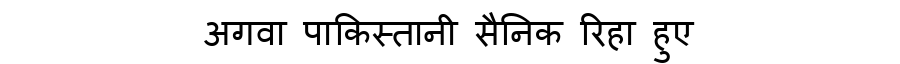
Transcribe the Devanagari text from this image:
अगवा पाकिस्तानी सैनिक रिहा हुए